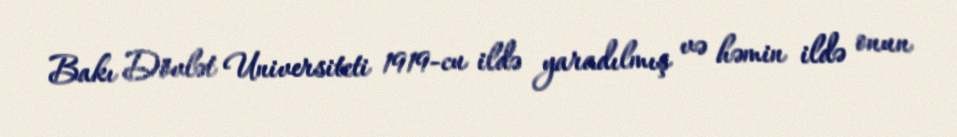
Bakı Dövlət Universiteti 1919-cu ildə yaradılmış və həmin ildə onun